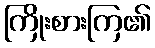
ကြိုးစားကြ၏